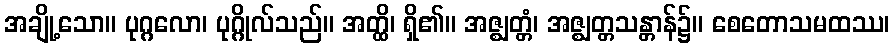
အချို့သော။ ပုဂ္ဂလော၊ ပုဂ္ဂိုလ်သည်။ အတ္ထိ၊ ရှိ၏။ အဇ္ဈတ္တံ၊ အဇ္ဈတ္တသန္တာန်၌။ စေတောသမထဿ၊